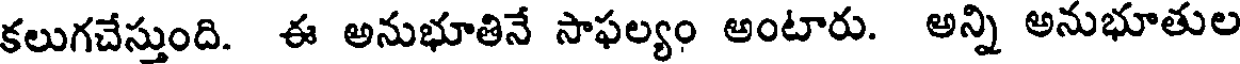
కలుగచేస్తుంది. ఈ అనుభూతినే సాఫల్యం అంటారు. అన్ని అనుభూతుల